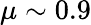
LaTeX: \mu\sim 0.9